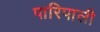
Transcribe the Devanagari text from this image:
पारिपाली